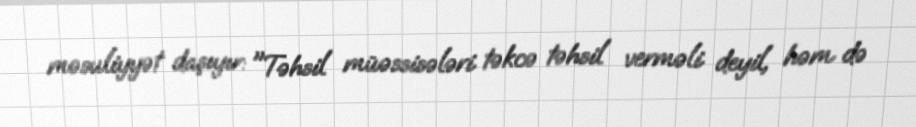
məsuliyyət daşıyır: "Təhsil müəssisələri təkcə təhsil verməli deyil, həm də